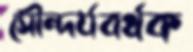
সৌন্দর্যবর্ধক